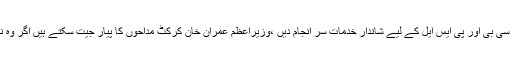
مائیکرو بلاگنگ ویب سائٹ ٹوئٹر پر پیغام دیتے ہوئے جاوید آفریدی نے کہا کہ نجم سٹھی نے پی سی بی اور پی ایس ایل کے لیے شاندار خدمات سر انجام دیں ،وزیراعظم عمران خان کرکٹ مداحوں کا پیار جیت سکتے ہیں اگر وہ نجم سیٹھی کے ساتھ مل کر پی سی بی اور پی ایس ایل کو مزیدآگے لے جانے کے لیے کام کریں ۔